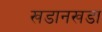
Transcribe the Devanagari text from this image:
खडानखडा